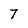
Character: 7